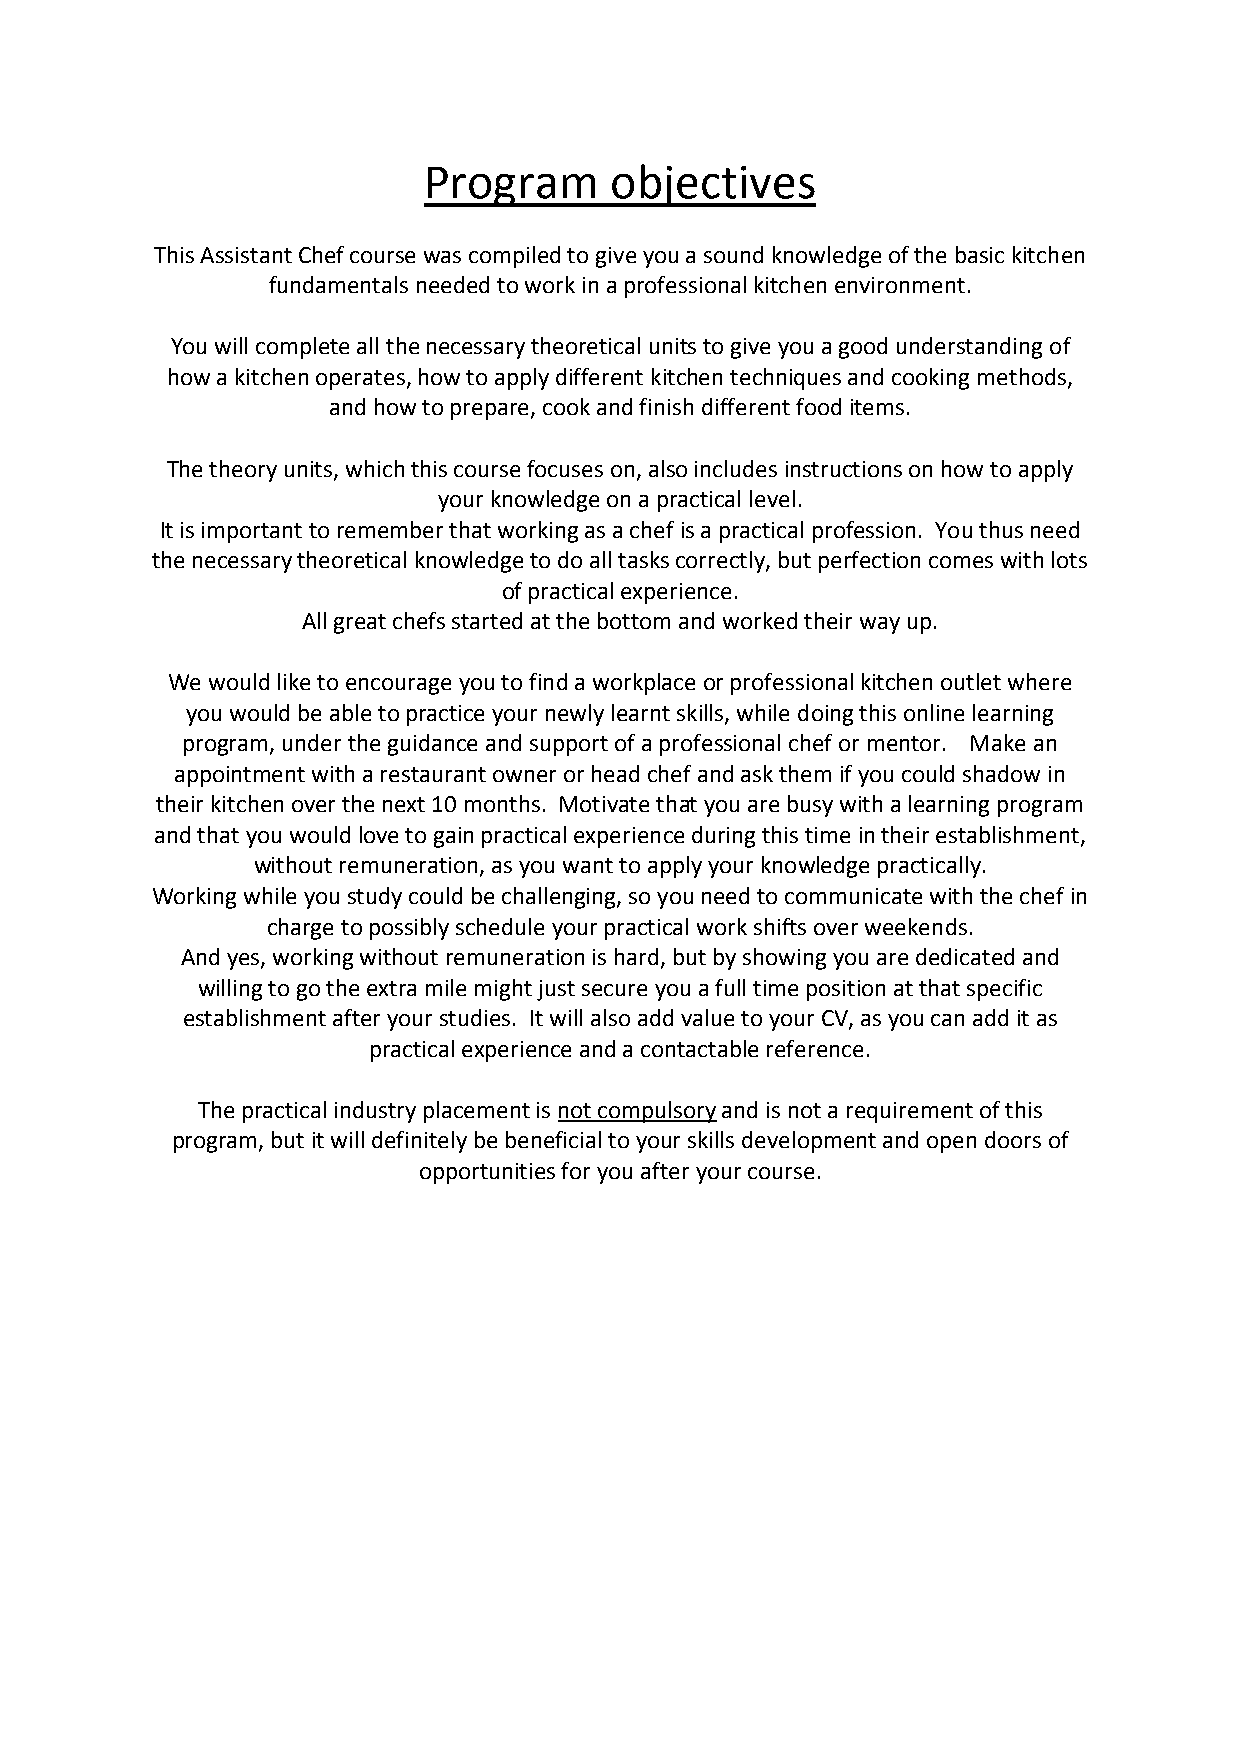
Program     objectives
 This Assistant Chef course was compiled to give you a sound knowledge of the basic kitchen
 fundamentals needed to work in a professional kitchen environment.
 You will complete all the necessary theoretical units to give you a good understanding of
 how a kitchen operates, how to apply different kitchen techniques and cooking methods,
 and how to prepare, cook and finish different food items.
 The theory units, which this course focuses on, also includes instructions on how to apply
 your knowledge on a practical level.
 It is important to remember that working as a chef is a practical profession. You thus need
 the necessary theoretical knowledge to do all tasks correctly, but perfection comes with lots
 of practical experience.
 All great chefs started at the bottom and worked their way up.
 We would like to encourage you to find a workplace or professional kitchen outlet where
 you would be able to practice your newly learnt skills, while doing this online learning
 program, under the guidance and support of a professional chef or mentor. Make an
 appointment with a restaurant owner or head chef and ask them if you could shadow in
 their kitchen over the next 10 months. Motivate that you are busy with a learning program
 and that you would love to gain practical experience during this time in their establishment,
 without remuneration, as you want to apply your knowledge practically.
 Working while you study could be challenging, so you need to communicate with the chef in
 charge to possibly schedule your practical work shifts over weekends.
 And yes, working without remuneration is hard, but by showing you are dedicated and
 willing to go the extra mile might just secure you a full time position at that specific
 establishment after your studies. It will also add value to your CV, as you can add it as
 practical experience and a contactable reference.
 The practical industry placement is not compulsory and is not a requirement of this
 program, but it will definitely be beneficial to your skills development and open doors of
 opportunities for you after your course.